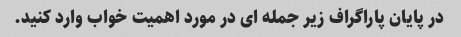
در پایان پاراگراف زیر جمله ای در مورد اهمیت خواب وارد کنید.